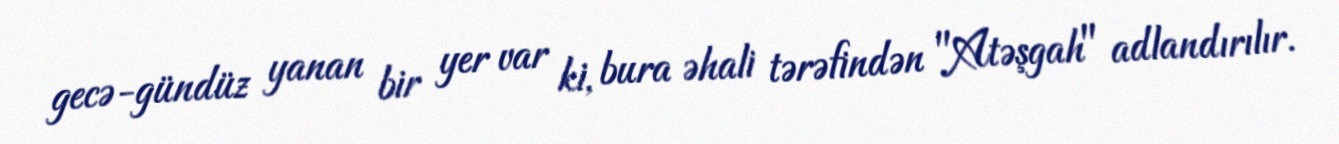
gecə-gündüz yanan bir yer var ki, bura əhali tərəfindən "Atəşgah" adlandırılır.